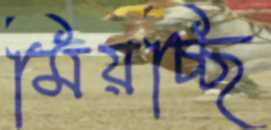
মিয়চ্ছি